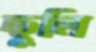
ছুলি